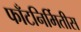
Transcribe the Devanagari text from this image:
फाँटनिर्मितीस